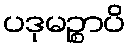
ပဒုမဉ္စာပိ